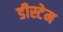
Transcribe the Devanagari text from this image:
डीस्टेम